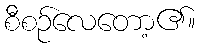
စီစဉ်လေတော့၏။